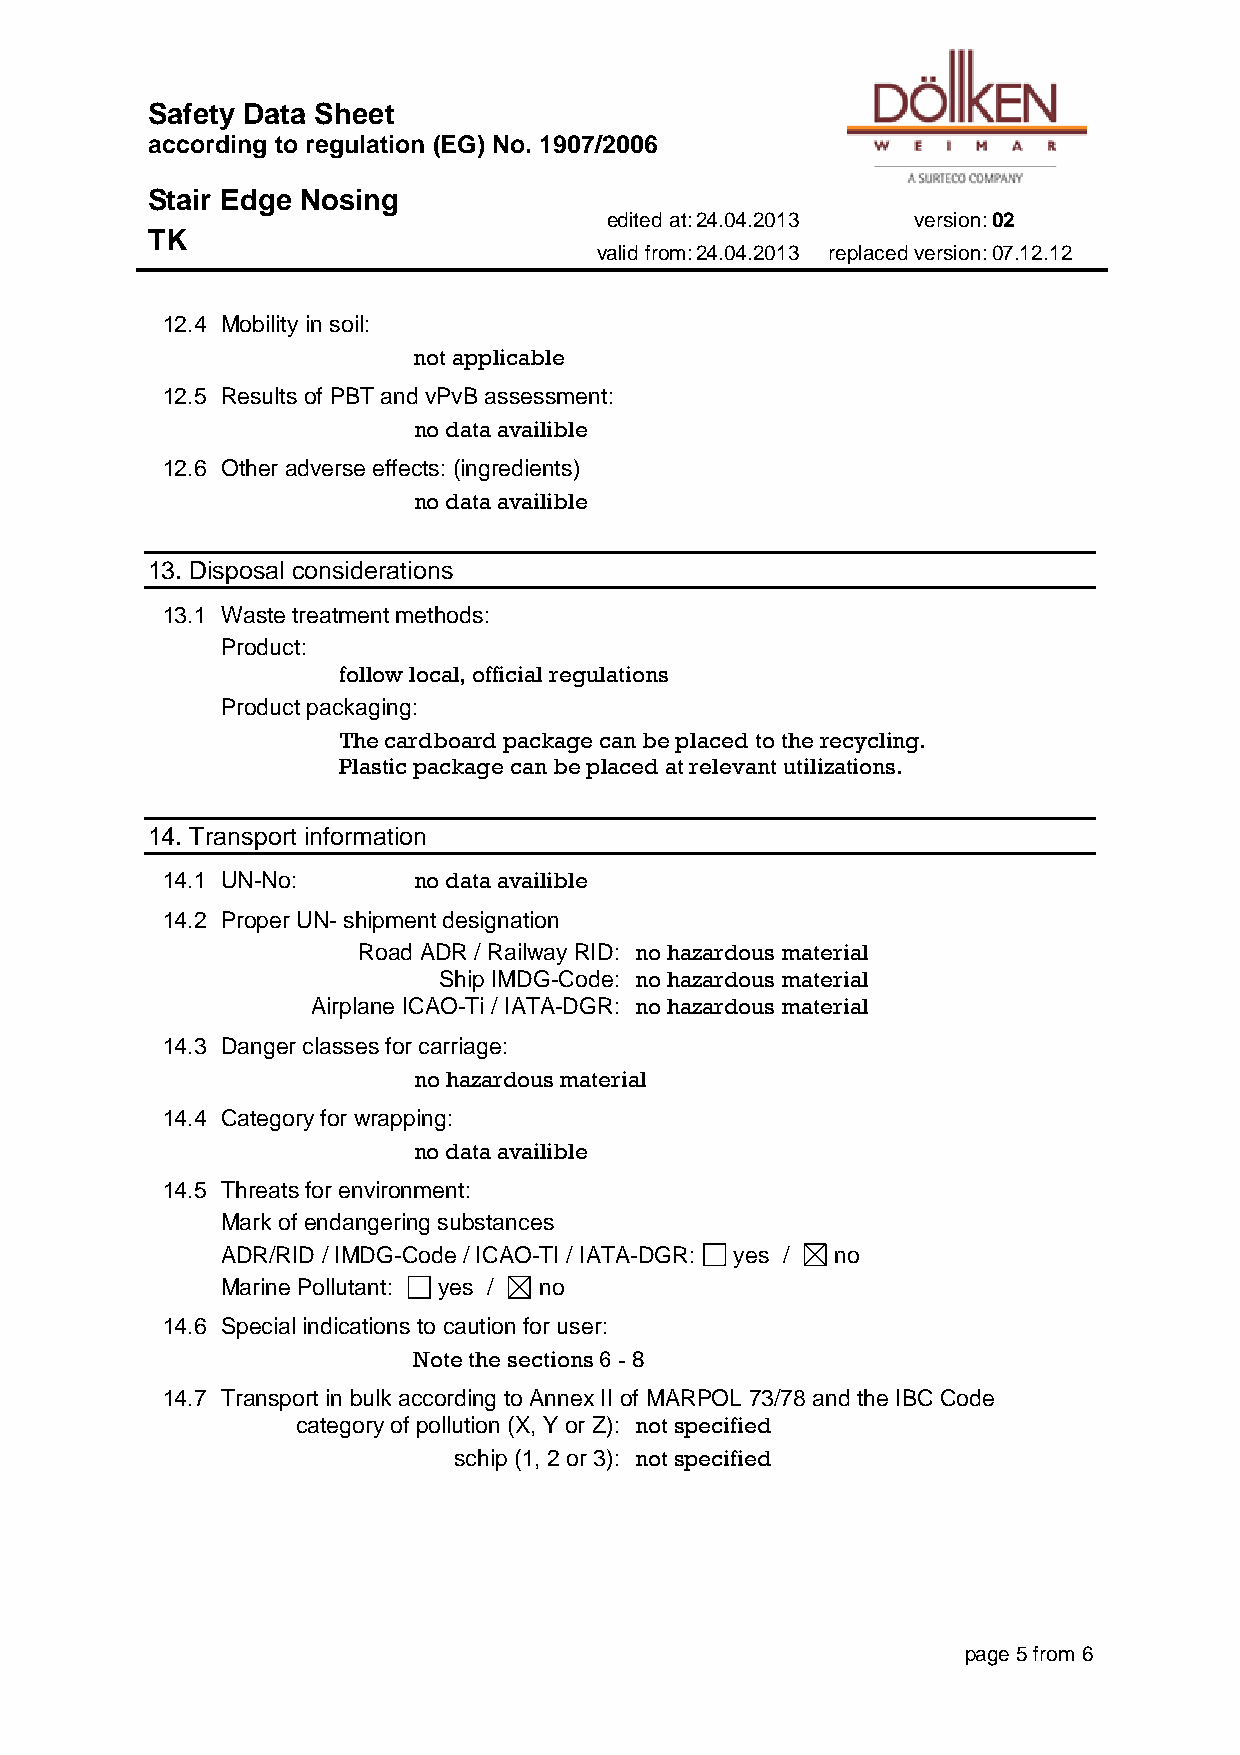
Safety Data Sheet
 according to regulation (EG) No. 1907/2006
 Stair Edge Nosing
 edited at: 24.04.2013 version: 02
 TK
 valid from: 24.04.2013 replaced version: 07.12.12
 12.4 Mobility in soil:
 not applicable
 12.5 Results of PBT and vPvB assessment:
 no data availible
 12.6 Other adverse effects: (ingredients)
 no data availible
 13. Disposal considerations
 13.1 Waste treatment methods:
 Product:
 follow local, official regulations
 Product packaging:
 The cardboard package can be placed to the recycling.
 Plastic package can be placed at relevant utilizations.
 14. Transport information
 14.1 UN-No:     no data availible
 14.2 Proper UN- shipment designation
 Road ADR / Railway RID: no hazardous material
 Ship IMDG-Code: no hazardous material
 Airplane ICAO-Ti / IATA-DGR: no hazardous material
 14.3 Danger classes for carriage:
 no hazardous material
 14.4 Category for wrapping:
 no data availible
 14.5 Threats for environment:
 Mark of endangering substances
 ADR/RID / IMDG-Code / ICAO-TI / IATA-DGR: yes / no
 Marine Pollutant: yes / no
 14.6 Special indications to caution for user:
 Note the sections 6 - 8
 14.7 Transport in bulk according to Annex II of MARPOL 73/78 and the IBC Code
 category of pollution (X, Y or Z): not specified
 schip (1, 2 or 3): not specified
 page 5 from 6